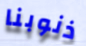
ذنوبنا